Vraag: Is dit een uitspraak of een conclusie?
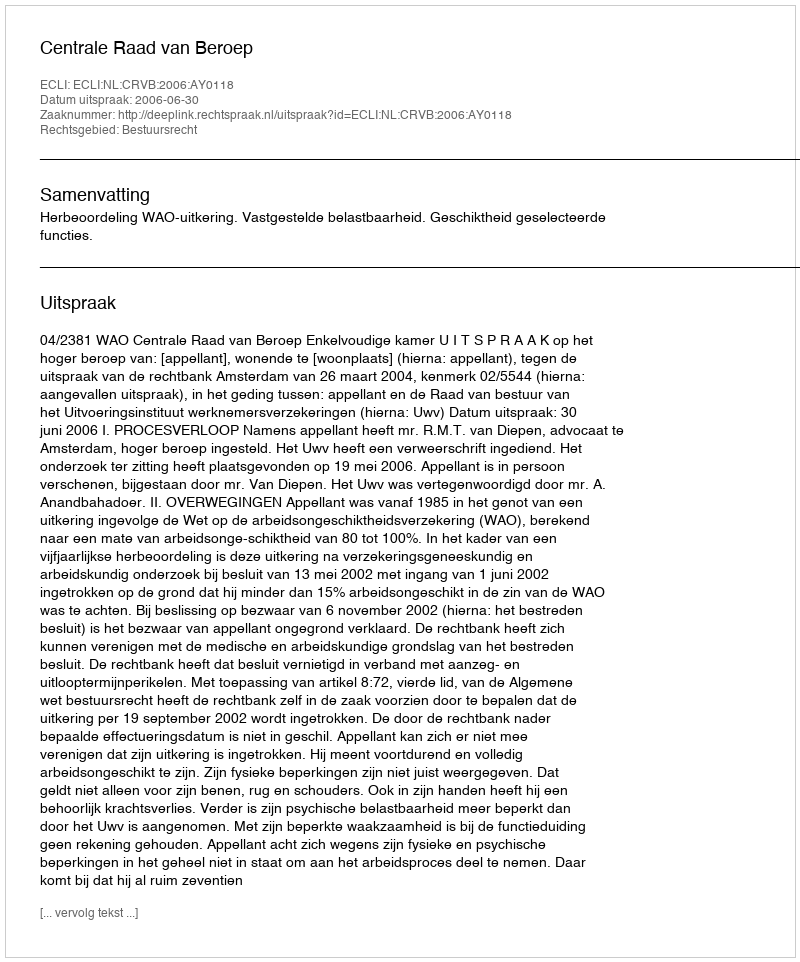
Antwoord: Uitspraak